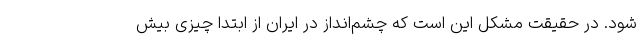
شود. در حقیقت مشکل این است که چشم‌انداز در ایران از ابتدا چیزی بیش